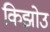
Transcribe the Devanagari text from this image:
किझोउ